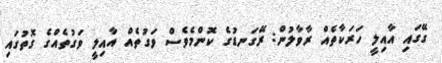
ގޭގައި އާއިލީ ހަރަކާތެއް ރާވާލުން: ރޭގަނޑުގެ ކޮންމެވެސް ވަގުތެއް އާއިލީ ވަގުތެއްގެ ގޮތުގައި